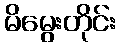
မိမွေးတိုင်း